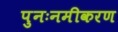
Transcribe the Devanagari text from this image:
पुनःनमीकरण